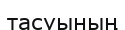
тасуының